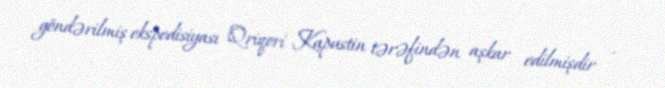
göndərilmiş ekspedisiyası Qriqori Kapustin tərəfindən aşkar edilmişdir .